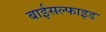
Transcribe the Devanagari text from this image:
बाईसल्फाइड